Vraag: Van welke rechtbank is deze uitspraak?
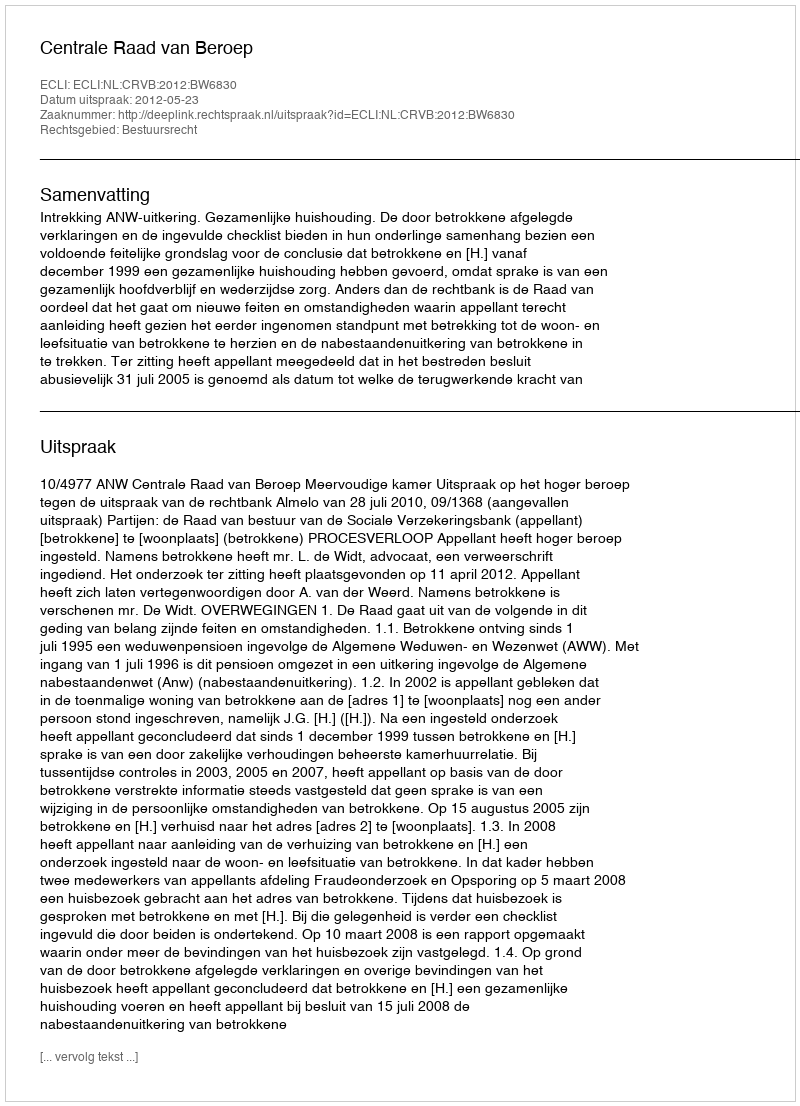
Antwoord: Centrale Raad van Beroep